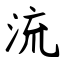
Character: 流